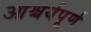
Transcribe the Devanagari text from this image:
आश्चर्यपूर्ण